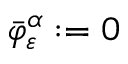
\bar { \varphi } _ { \varepsilon } ^ { \alpha } : = 0